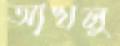
আখলু